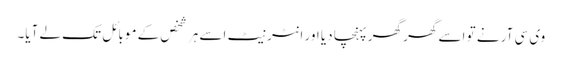
وی سی آر نے تو اسے گھر گھر پہنچا دیا اور انٹرنیٹ اسے ہر شخص کے موبائل تک لے آیا۔